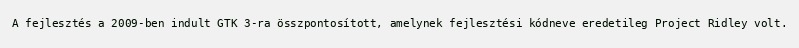
A fejlesztés a 2009-ben indult GTK 3-ra összpontosított, amelynek fejlesztési kódneve eredetileg Project Ridley volt.